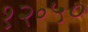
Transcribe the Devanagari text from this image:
१२॰५०